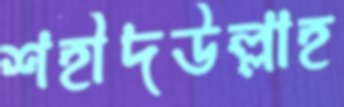
শহীদউল্লাহ